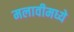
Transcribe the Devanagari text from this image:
मलावीमध्ये